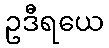
ဥဒီရယေ